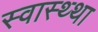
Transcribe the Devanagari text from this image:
स्वास्थ्था